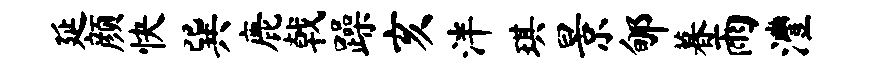
延颜快巽鹿戟躁亥泮琪景郇暮雨澧